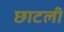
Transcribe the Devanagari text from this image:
छाटलीं